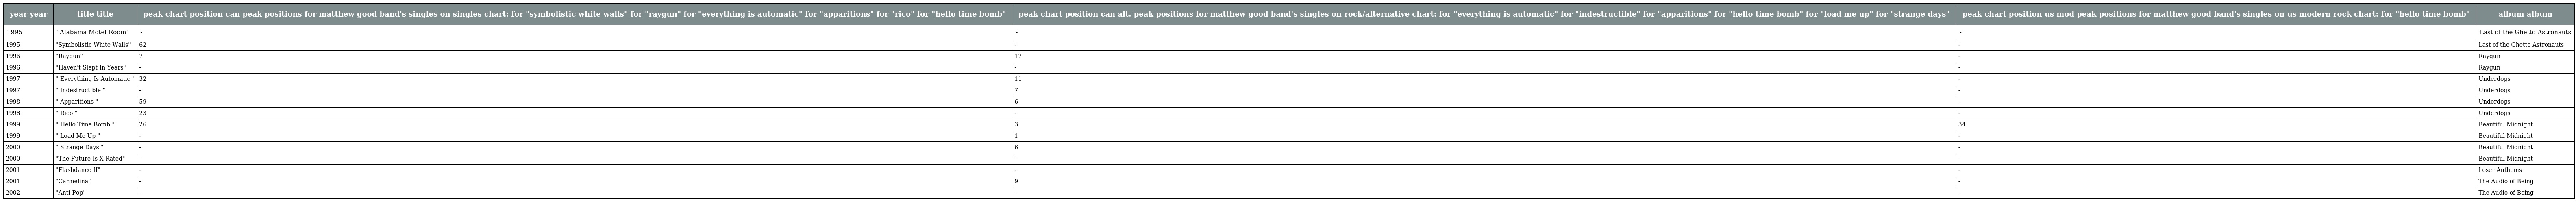
| year year | title title | peak chart position can peak positions for matthew good band's singles on singles chart: for "symbolistic white walls" for "raygun" for "everything is automatic" for "apparitions" for "rico" for "hello time bomb" | peak chart position can alt. peak positions for matthew good band's singles on rock/alternative chart: for "everything is automatic" for "indestructible" for "apparitions" for "hello time bomb" for "load me up" for "strange days" | peak chart position us mod peak positions for matthew good band's singles on us modern rock chart: for "hello time bomb" | album album |
 | --- | --- | --- | --- | --- | --- |
 | 1995 | "Alabama Motel Room" | - | - | - | Last of the Ghetto Astronauts |
 | 1995 | "Symbolistic White Walls" | 62 | - | - | Last of the Ghetto Astronauts |
 | 1996 | "Raygun" | 7 | 17 | - | Raygun |
 | 1996 | "Haven't Slept In Years" | - | - | - | Raygun |
 | 1997 | " Everything Is Automatic " | 32 | 11 | - | Underdogs |
 | 1997 | " Indestructible " | - | 7 | - | Underdogs |
 | 1998 | " Apparitions " | 59 | 6 | - | Underdogs |
 | 1998 | " Rico " | 23 | - | - | Underdogs |
 | 1999 | " Hello Time Bomb " | 26 | 3 | 34 | Beautiful Midnight |
 | 1999 | " Load Me Up " | - | 1 | - | Beautiful Midnight |
 | 2000 | " Strange Days " | - | 6 | - | Beautiful Midnight |
 | 2000 | "The Future Is X-Rated" | - | - | - | Beautiful Midnight |
 | 2001 | "Flashdance II" | - | - | - | Loser Anthems |
 | 2001 | "Carmelina" | - | 9 | - | The Audio of Being |
 | 2002 | "Anti-Pop" | - | - | - | The Audio of Being |